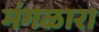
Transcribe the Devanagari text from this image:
मंगळारा